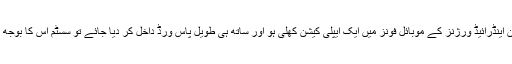
تحقیقاتی ٹیم کے رکن جان گورڈن کا کہنا تھا کہ جب ان اینڈرائیڈ ورژنز کے موبائل فونز میں ایک ایپلی کیشن کھلی ہو اور ساتھ ہی طویل پاس ورڈ داخل کر دیا جائے تو سسٹم اس کا بوجھ برداشت نہیں کر سکتا اور ہوم سکرین پر چلا جاتا ہے۔